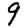
Digit: 9